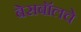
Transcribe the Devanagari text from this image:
बेसबॉलचे